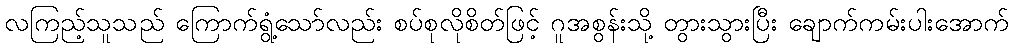
လကြည့်သူသည် ကြောက်ရွံ့သော်လည်း စပ်စုလိုစိတ်ဖြင့် ဂူအစွန်းသို့ တွားသွားပြီး ချောက်ကမ်းပါးအောက်